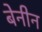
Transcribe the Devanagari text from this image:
बेनीन